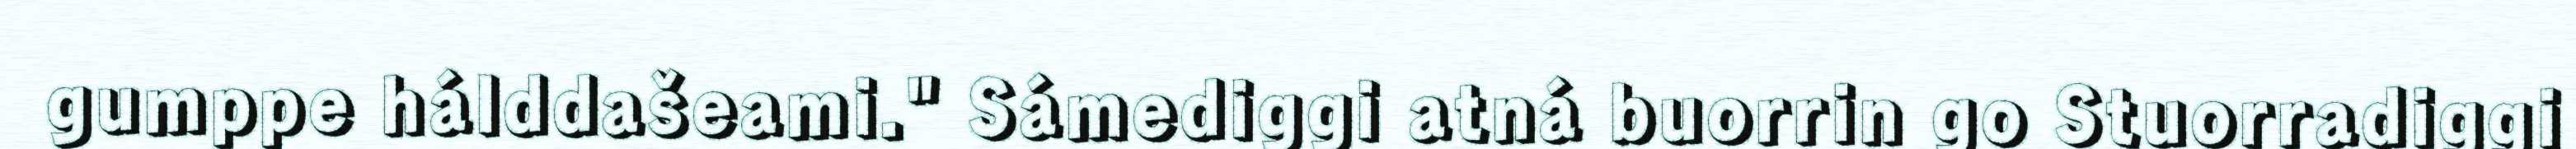
gumppe hálddašeami." Sámediggi atná buorrin go Stuorradiggi